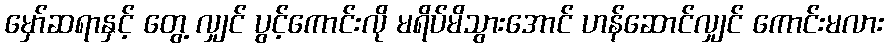
မှော်ဆရာနှင့် တွေ့ လျှင် ပွင့်ကောင်းလို မရိပ်မိသွားအောင် ဟန်ဆောင်လျှင် ကောင်းမလား